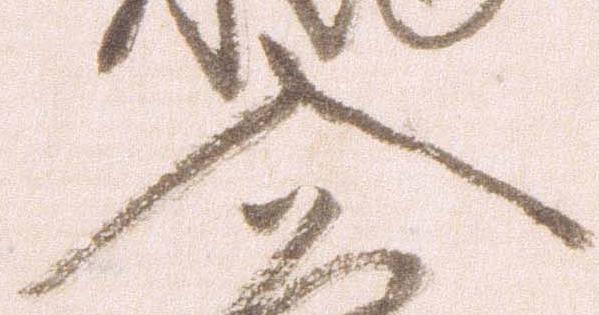
入